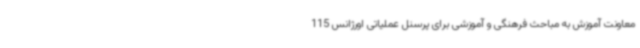
معاونت آموزش به مباحث فرهنگی و آموزشی برای پرسنل عملیاتی اورژانس 115